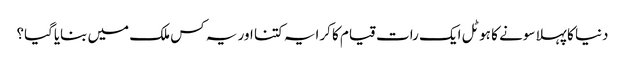
دنیا کا پہلا سونے کا ہوٹل ایک رات قیام کا کرایہ کتنا اور یہ کس ملک میں بنایاگیا؟